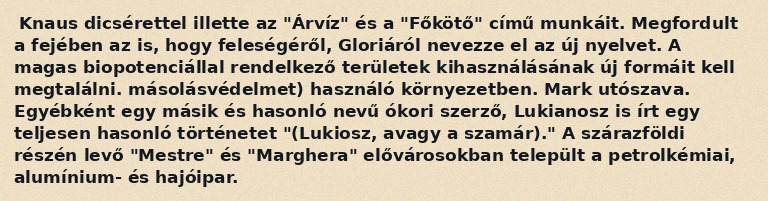
Knaus dicsérettel illette az "Árvíz" és a "Főkötő" című munkáit. Megfordult a fejében az is, hogy feleségéről, Gloriáról nevezze el az új nyelvet. A magas biopotenciállal rendelkező területek kihasználásának új formáit kell megtalálni. másolásvédelmet) használó környezetben. Mark utószava. Egyébként egy másik és hasonló nevű ókori szerző, Lukianosz is írt egy teljesen hasonló történetet "(Lukiosz, avagy a szamár)." A szárazföldi részén levő "Mestre" és "Marghera" elővárosokban települt a petrolkémiai, alumínium- és hajóipar.